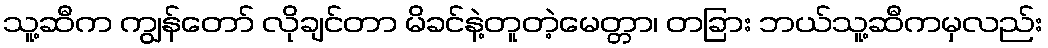
သူ့ဆီက ကျွန်တော် လိုချင်တာ မိခင်နဲ့တူတဲ့မေတ္တာ၊ တခြား ဘယ်သူ့ဆီကမှလည်း